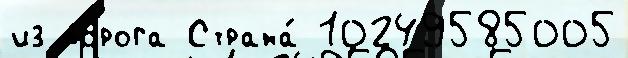
из дорога Страна́ 10249585005